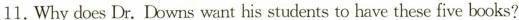
11.Why does Dr.Downs want his students to have these five books?